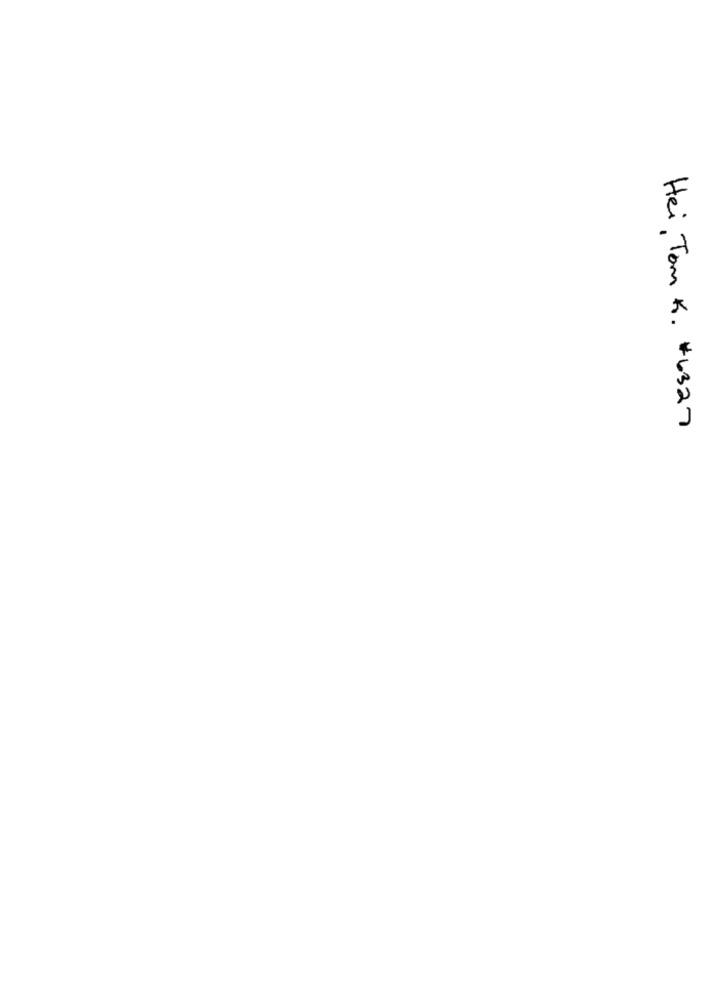
Hei Tom K. #6327